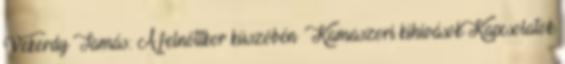
Vekerdy Tamás: A felnőttkor küszöbén – Kamaszori kihívások Kapcsolatok